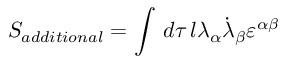
S _ { a d d i t i o n a l } = \int \, d \tau \, l \lambda _ { \alpha } \dot { \lambda } _ { \beta } \varepsilon ^ { \alpha \beta }